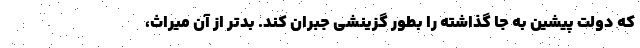
که دولت پیشین به جا گذاشته را بطور گزینشی جبران کند. بدتر از آن میراث،